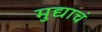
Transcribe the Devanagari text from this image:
मुद्याचं